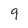
Character: 9